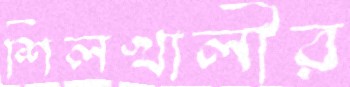
শিলখালীর